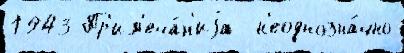
1943 Пр'им'еча́н'иjа  н'еоднозна́чно